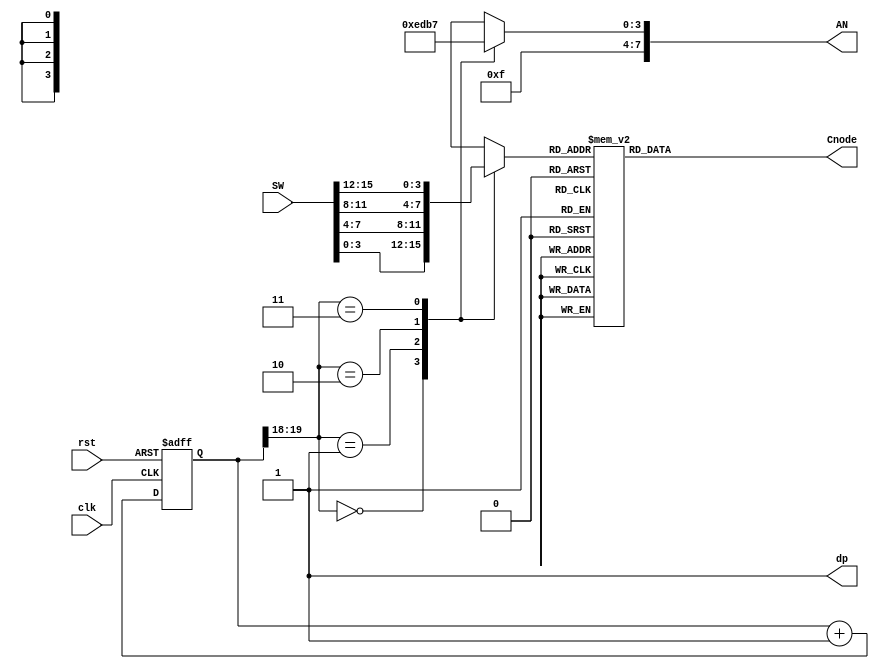
`timescale 1ns / 1ps
//////////////////////////////////////////////////////////////////////////////////
// Company: 
// Engineer: 
// 
// Design Name: 
// Module Name: seg7_driver
// Project Name: 
// Target Devices: 
// Tool Versions: 
// Description: 
// 
// Dependencies: 
// 
// Revision:
// Revision 0.01 - File Created
// Additional Comments:
// 
//////////////////////////////////////////////////////////////////////////////////
    `define AN_OFF = 4'b1111
    

module seg7_driver(
             input clk,
             input rst,
             input [31:0] SW,
             output reg [15:0]  Cnode, 
             output dp, 
             output [7:0] AN
             );
             
           //wire [7:0] AEN; 
           //assign AEN = 8'b11111111;
                    
           reg [19:0] tmp; 
                
           reg [3:0] digit;
                    
           assign dp = 1'b1; 
                
               always@(digit)
                    begin      
                        case(digit)
                        4'd0:  Cnode <= 7'b1000000;
                        4'd1:  Cnode <= 7'b1111001;
                        4'd2:  Cnode <= 7'b0100100;
                        4'd3:  Cnode <= 7'b0110000;              
                        4'd4:  Cnode <= 7'b0011001;
                        4'd5:  Cnode <= 7'b0010010;
                        4'd6:  Cnode <= 7'b0000010;
                        4'd7:  Cnode <= 7'b1111000;
                        4'd8:  Cnode <= 7'b0000000;
                        4'd9:  Cnode <= 7'b0010000;
                        4'd10: Cnode <= 7'b0001000;
                        4'd11: Cnode <= 7'b0000011;
                        4'd12: Cnode <= 7'b1000110;
                        4'd13: Cnode <= 7'b0100001;
                        4'd14: Cnode <= 7'b0000110;
                        4'd15: Cnode <= 7'b0001110;                       
                        endcase
                   end  
            //f/2**n
                  
                  always@(posedge clk or posedge rst)
                    begin 
                        if(rst)
                            begin 
                                tmp <= 20'd0;
                            end 
                        else 
                            begin 
                                tmp <= tmp + 1; 
                            end 
                    end 
                    
                    wire[1:0] s;
                    
                    assign s = tmp[19:18];
                  
                  
                  always@(s)
                    begin 
                        case (s)
                            8'd0:  digit <= SW[3:0];
                            8'd1:  digit <= SW[7:4];
                            8'd2:  digit <= SW[11:8];
                            8'd3:  digit <= SW[15:12];
                           
                        endcase
                    end
                  reg [3:0] AN_tmp;
                  
                  always@(s)
                    begin 
                        case (s)
                            2'd0:  AN_tmp = 4'b1110;
                            2'd1:  AN_tmp = 4'b1101;
                            2'd2:  AN_tmp = 4'b1011;
                            2'd3:  AN_tmp = 4'b0111;
                         /* 8'd4:  AN = 8'b11101111;
                            8'd5:  AN = 8'b11011111;
                            8'd6:  AN = 8'b10111111;
                            8'd7:  AN = 8'b01111111;  */
                            default : AN_tmp = 4'bZZZZ;
                        endcase
                    end 
                    
                    assign AN = {4'b1111, AN_tmp};
   //assign AN = 8'b11111110;//selects the specific seven segment display to output

   
endmodule